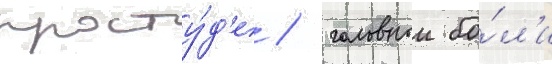
просту́д'е / головнои бо́л'и